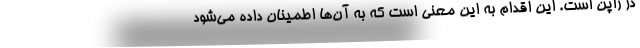
در ژاپن است. این اقدام به این معنی است که به آن‌ها اطمینان داده می‌شود